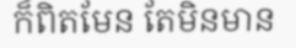
ក៏ពិតមែន តែមិនមាន